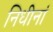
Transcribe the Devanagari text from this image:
निधीनां